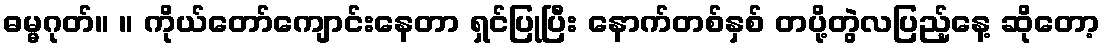
ဓမ္မဂုတ်။ ။ ကိုယ်တော်ကျောင်းနေတာ ရှင်ပြုပြီး နောက်တစ်နှစ် တပို့တွဲလပြည့်နေ့ ဆိုတော့